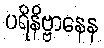
ပရိနိဗ္ဗာနေန